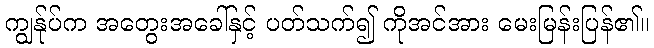
ကျွန်ုပ်က အတွေးအခေါ်နှင့် ပတ်သက်၍ ကိုအင်အား မေးမြန်းပြန်၏။